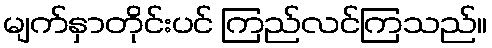
မျက်နှာတိုင်းပင် ကြည်လင်ကြသည်။